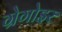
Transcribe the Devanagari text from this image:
ग्रेगोइर